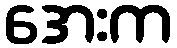
အေးက